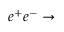
e ^ { + } e ^ { - } \to